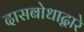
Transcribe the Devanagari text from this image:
दासबोधाद्वारे